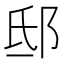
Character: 邸